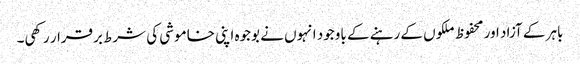
باہر کے آزاد اور محفوظ ملکوں کے رہنے کے باوجود انہوں نے بوجوہ اپنی خاموشی کی شرط برقرار رکھی۔